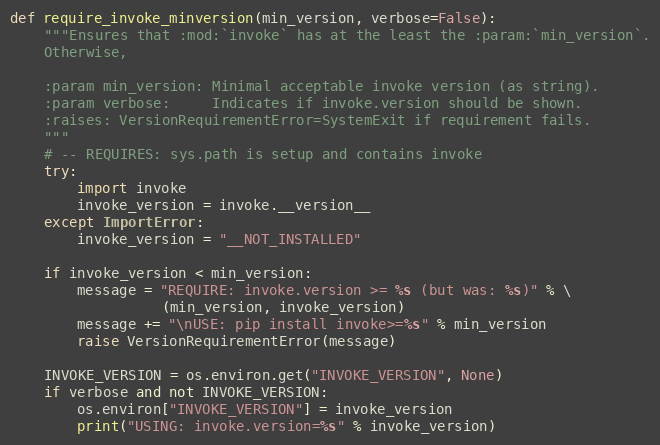
Language: Python
def require_invoke_minversion(min_version, verbose=False):
    """Ensures that :mod:`invoke` has at the least the :param:`min_version`.
    Otherwise,

    :param min_version: Minimal acceptable invoke version (as string).
    :param verbose:     Indicates if invoke.version should be shown.
    :raises: VersionRequirementError=SystemExit if requirement fails.
    """
    # -- REQUIRES: sys.path is setup and contains invoke
    try:
        import invoke
        invoke_version = invoke.__version__
    except ImportError:
        invoke_version = "__NOT_INSTALLED"

    if invoke_version < min_version:
        message = "REQUIRE: invoke.version >= %s (but was: %s)" % \
                  (min_version, invoke_version)
        message += "\nUSE: pip install invoke>=%s" % min_version
        raise VersionRequirementError(message)

    INVOKE_VERSION = os.environ.get("INVOKE_VERSION", None)
    if verbose and not INVOKE_VERSION:
        os.environ["INVOKE_VERSION"] = invoke_version
        print("USING: invoke.version=%s" % invoke_version)